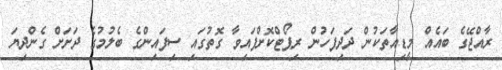
ރާއްޖޭގެ ބައެއް މީޑިއާތަކުން ދަދިފަހުން ރިޕޯޓްކޮށްފައިވާ ގޮތުގައި ސިފައިންގެ ބެލުމުގެ ދަށަށް ގެންދިޔަ